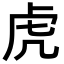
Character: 虎